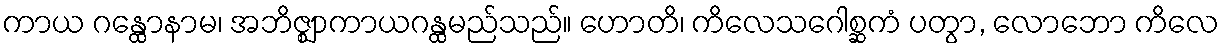
ကာယ ဂန္ထောနာမ၊ အဘိဇ္ဈာကာယဂန္ထမည်သည်။ ဟောတိ၊ ကိလေသဂေါစ္ဆကံ ပတွာ, လောဘော ကိလေ